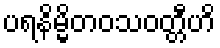
ပရနိမ္မိတဝသဝတ္တီဟိ